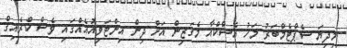
މިދިޔަ ސެޕްޓެމްބަރު މަހު އެސްކްއާ މެގަޒިން އަށް ދިން އިންޓަވިއުއެއްގައި ވެސް ކްރެއިގް